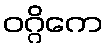
ဝဂ္ဂိကေ